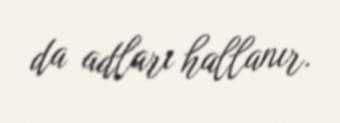
da adları hallanır.